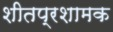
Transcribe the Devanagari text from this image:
शीतप्रशामक